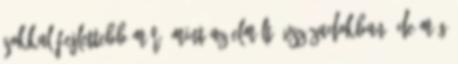
sokkal fejlettebb már, mint az elmúlt évszázadokban, de még